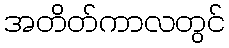
အတိတ်ကာလတွင်